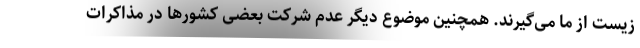
زیست از ما می‌گیرند. همچنین موضوع دیگر عدم شرکت بعضی کشورها در مذاکرات